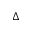
\Delta